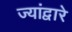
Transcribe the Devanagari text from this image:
ज्यांद्वारे